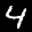
Label: 4